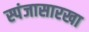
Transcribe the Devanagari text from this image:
स्पंजासारखा